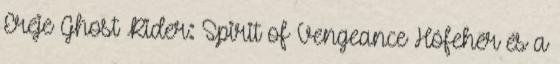
Ereje Ghost Rider: Spirit of Vengeance Hófehér és a